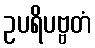
ဥပရိပဗ္ဗတံ